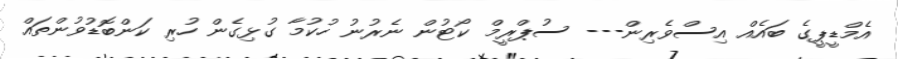
އެމްޑީޕީގެ ބައެއް އިސްވެރިން--- ސުޕްރީމް ކޯޓުން ނެރުނު ހުކުމާ ގުޅިގެން ހުރި ކަންބޮޑުވުންތައް